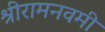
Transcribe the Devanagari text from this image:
श्रीरामनवमी